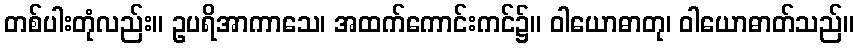
တစ်ပါးတုံလည်း။ ဥပရိအာကာသေ၊ အထက်ကောင်းကင်၌။ ဝါယောဓာတု၊ ဝါယောဓာတ်သည်။